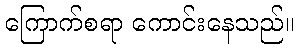
ကြောက်စရာ ကောင်းနေသည်။